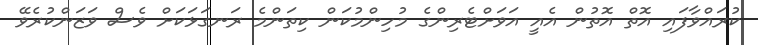
ކުރައްވާފައި އޮތް އޮތުން އެއީ އަވަށްޓެރިންގެ މުހިންމުކަން ކިތަންމެ ރަނގަޅަކަށް ވެސް ވަޒަންކުރެވޭ